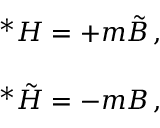
\begin{array} { r c l } { { } } & { { } } & { { { } ^ { * } H = + m \tilde { B } \, , } } \\ { { } } & { { } } & { { } } \\ { { } } & { { } } & { { { } ^ { * } \tilde { H } = - m B \, , } } \end{array}